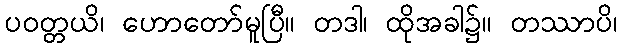
ပဝတ္တယိ၊ ဟောတော်မူပြီ။ တဒါ၊ ထိုအခါ၌။ တဿာပိ၊